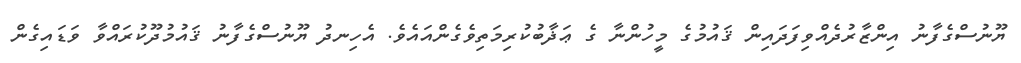
ޔޫނުސްގެފާނު އިންޒާރުދެއްވިފަދައިން ޤައުމުގެ މީހުންނާ ގެ ޢަޛާބުކުރިމަތިވެގެންއައެވެ. އެހިނދު ޔޫނުސްގެފާނު ޤައުމުދޫކުރައްވާ ވަޑައިގެން